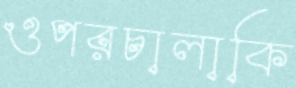
ওপরচালাকি